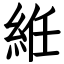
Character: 絍